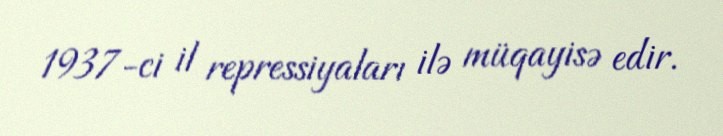
1937-ci il repressiyaları ilə müqayisə edir.